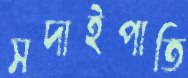
সদাইপাতি